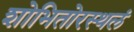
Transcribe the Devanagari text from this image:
शोभितोरस्थलं